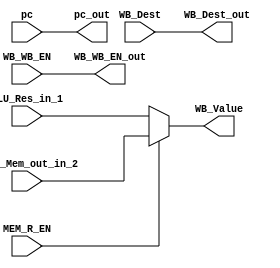
module WB
(
input [31:0] ALU_Res_in_1,
input [31:0] pc,
input [31:0] Data_Mem_out_in_2,
input MEM_R_EN,
input WB_WB_EN,
input [3:0] WB_Dest,
output WB_WB_EN_out,
output [3:0] WB_Dest_out,
output [31:0] WB_Value,
output [31:0] pc_out
);

assign WB_WB_EN_out = WB_WB_EN;
assign WB_Dest_out = WB_Dest;
assign WB_Value = (MEM_R_EN)?Data_Mem_out_in_2 : ALU_Res_in_1;
assign pc_out = pc;
endmodule